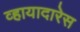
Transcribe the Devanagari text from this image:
व्हायादारेस